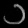
Digit: ၁